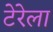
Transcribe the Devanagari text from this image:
टेरेला